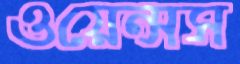
ওয়েন্সস